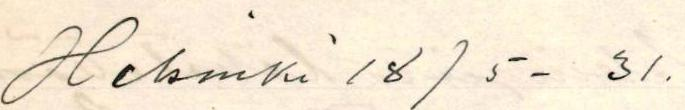
Helsinki 18/5 - 31.